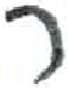
אות: ר